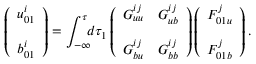
\left( { \begin{array} { c } { u _ { 0 1 } ^ { i } } \\ { b _ { 0 1 } ^ { i } \rule { 0 ex } { 5 ex } } \end{array} } \right) = \int _ { - \infty } ^ { \tau } \! \! \! d \tau _ { 1 } \left( { \begin{array} { c c } { G _ { u u } ^ { i j } } & { G _ { u b } ^ { i j } } \\ { G _ { b u } ^ { i j } } & { G _ { b b } ^ { i j } \rule { 0 ex } { 5 ex } } \end{array} } \right) \left( { \begin{array} { c } { F _ { 0 1 u } ^ { j } } \\ { F _ { 0 1 b } ^ { j } \rule { 0 ex } { 5 ex } } \end{array} } \right) .